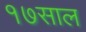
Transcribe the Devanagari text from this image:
१७साल